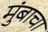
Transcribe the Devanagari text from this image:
मुंबाचा